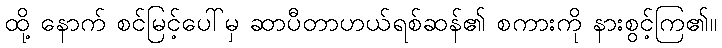
ထို့ နောက် စင်မြင့်ပေါ်မှ ဆာပီတာဟယ်ရစ်ဆန်၏ စကားကို နားစွင့်ကြ၏။